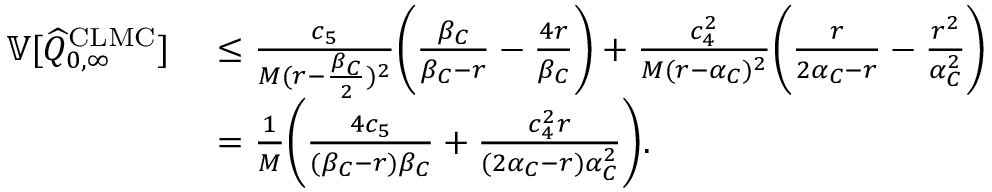
\begin{array} { r l } { { \mathbb { V } } [ \widehat { Q } _ { 0 , \infty } ^ { \mathrm { C L M C } } ] \ } & { \leq \frac { c _ { 5 } } { M ( r - \frac { \beta _ { C } } { 2 } ) ^ { 2 } } \bigg ( \frac { \beta _ { C } } { \beta _ { C } - r } - \frac { 4 r } { \beta _ { C } } \bigg ) + \frac { c _ { 4 } ^ { 2 } } { M ( r - \alpha _ { C } ) ^ { 2 } } \bigg ( \frac { r } { 2 \alpha _ { C } - r } - \frac { r ^ { 2 } } { \alpha _ { C } ^ { 2 } } \bigg ) } \\ { \ } & { = \frac { 1 } { M } \bigg ( \frac { 4 c _ { 5 } } { ( \beta _ { C } - r ) \beta _ { C } } + \frac { c _ { 4 } ^ { 2 } r } { ( 2 \alpha _ { C } - r ) \alpha _ { C } ^ { 2 } } \bigg ) . } \end{array}